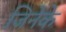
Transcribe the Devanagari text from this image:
जिनेके